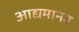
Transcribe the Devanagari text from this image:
आद्यमानव